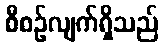
စီစဉ်လျက်ရှိသည်